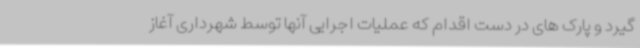
گیرد و پارک های در دست اقدام که عملیات اجرایی آنها توسط شهرداری آغاز